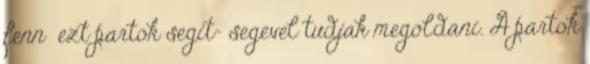
fenn ezt partok segit- segevel tudjak megoldani. A partok